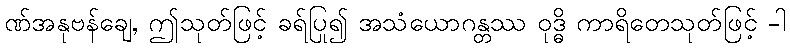
ဏ်အနုဗန်ချေ, ဤသုတ်ဖြင့် ခရ်ပြု၍ အသံယောဂန္တဿ ဝုဒ္ဓိ ကာရိတေသုတ်ဖြင့် -ါ